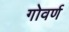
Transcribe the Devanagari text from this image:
गोवर्ण